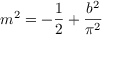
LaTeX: m ^ { 2 } = - \frac { 1 } { 2 } + \frac { b ^ { 2 } } { \pi ^ { 2 } }